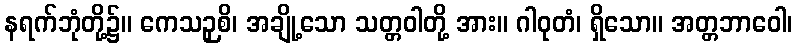
နရက်ဘုံတို့၌။ ကေသဉှစိ၊ အချို့သော သတ္တဝါတို့ အား။ ဂါဝုတံ၊ ရှိသော။ အတ္တဘာဝေါ၊